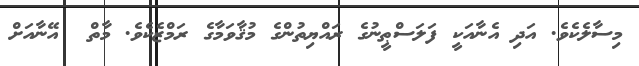
މިސާލެކެވެ. އަދި އެނާއަކީ ފަލަސްޠީނުގެ ރައްޔިތުންގެ މުޤާވަމާގެ ރަމްޒެކެވެ. މާތް  އޭނާއަށް